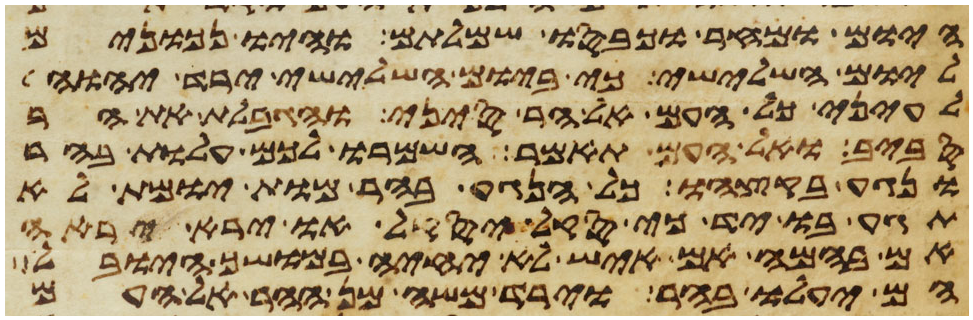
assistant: היום ומחר וכבסו שמלותם והיו נכונים
ליום השלישי כי ביום השלישי ירד יהוה
לעיני כל העם אל הר סיני והגבלת את ההר
סביב ואל העם תאמר השמרו לכם עלות בהר
ונגע בקצהו כל הנגע בהר מות יומת לא
תגע בו יד כי סקל יסקל או ירא יראה
אם בהמה אם איש לא יחיה במושך היובל
הם יעלו בהר וירד משה מן ההר אל העם